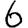
Digit: 6